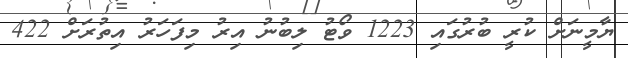
ޔާމީނަށް ކުރީ ބުރުގައި 1223 ވޯޓު ލިބުނު އިރު މިފަހަރު އިތުރަށް 422